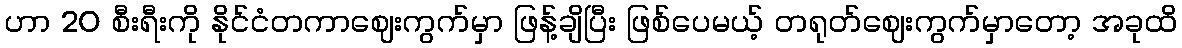
ဟာ 20 စီးရီးကို နိုင်ငံတကာဈေးကွက်မှာ ဖြန့်ချိပြီး ဖြစ်ပေမယ့် တရုတ်ဈေးကွက်မှာတော့ အခုထိ